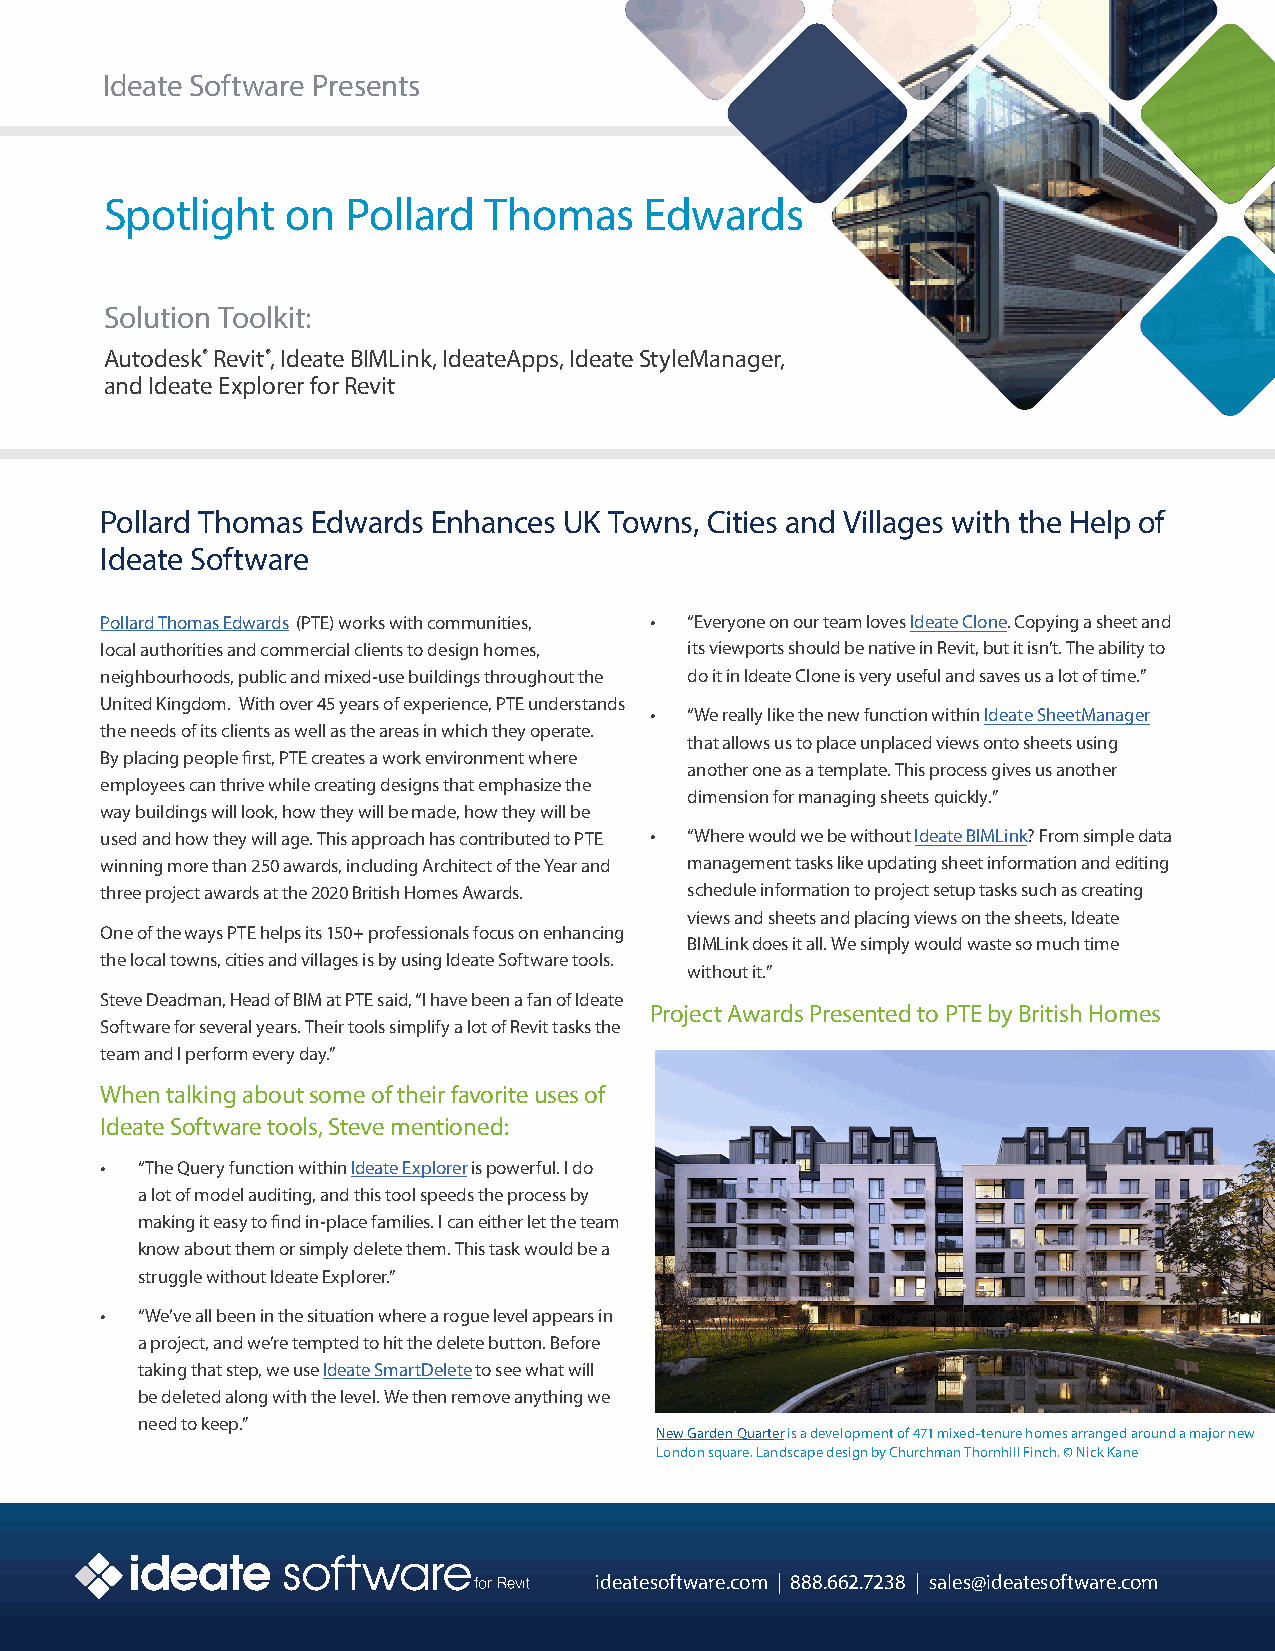
Ideate Software Presents
 Spotlight   on  Pollard  Thomas     Edwards
 Solution Toolkit:
 Autodesk® Revit®, Ideate BIMLink, IdeateApps, Ideate StyleManager,
 and Ideate Explorer for Revit
 Pollard Thomas Edwards Enhances UK Towns, Cities and Villages with the Help of
 Ideate Software
 Pollard Thomas Edwards (PTE) works with communities, • “Everyone on our team loves Ideate Clone. Copying a sheet and
 local authorities and commercial clients to design homes, its viewports should be native in Revit, but it isn’t. The ability to
 neighbourhoods, public and mixed-use buildings throughout the do it in Ideate Clone is very useful and saves us a lot of time.”
 United Kingdom. With over 45 years of experience, PTE understands
 •  “We really like the new function within Ideate SheetManager
 the needs of its clients as well as the areas in which they operate.
 that allows us to place unplaced views onto sheets using
 By placing people first, PTE creates a work environment where
 another one as a template. This process gives us another
 employees can thrive while creating designs that emphasize the
 dimension for managing sheets quickly.”
 way buildings will look, how they will be made, how they will be
 used and how they will age. This approach has contributed to PTE • “Where would we be without Ideate BIMLink? From simple data
 winning more than 250 awards, including Architect of the Year and management tasks like updating sheet information and editing
 three project awards at the 2020 British Homes Awards. schedule information to project setup tasks such as creating
 views and sheets and placing views on the sheets, Ideate
 One of the ways PTE helps its 150+ professionals focus on enhancing
 BIMLink does it all. We simply would waste so much time
 the local towns, cities and villages is by using Ideate Software tools.
 without it.”
 Steve Deadman, Head of BIM at PTE said, “I have been a fan of Ideate
 Project Awards Presented to PTE by British Homes
 Software for several years. Their tools simplify a lot of Revit tasks the
 team and I perform every day.”
 When talking about some of their favorite uses of
 Ideate Software tools, Steve mentioned:
 • “The Query function within Ideate Explorer is powerful. I do
 a lot of model auditing, and this tool speeds the process by
 making it easy to find in-place families. I can either let the team
 know about them or simply delete them. This task would be a
 struggle without Ideate Explorer.”
 • “We’ve all been in the situation where a rogue level appears in
 a project, and we’re tempted to hit the delete button. Before
 taking that step, we use Ideate SmartDelete to see what will
 be deleted along with the level. We then remove anything we
 need to keep.”
 New Garden Quarter is a development of 471 mixed-tenure homes arranged around a major new
 London square. Landscape design by Churchman Thornhill Finch. © Nick Kane
 ideatesoftware.com | 888.662.7238 | sales@ideatesoftware.com